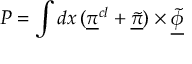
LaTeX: P = \int d x \, ( \underline { { { \pi } } } ^ { c l } + \underline { { { \tilde { \pi } } } } ) \times \underline { { { \tilde { \phi } } } }